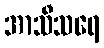
အာသီသရေ